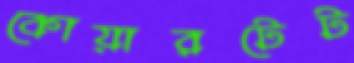
কোয়ারটেট